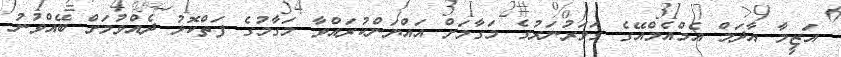
އަޒީމާ އާދަމް އެމްއެމްއޭގެ ގަވަރުނަރުގެ މަގާމަށް އައްޔަންކުރައްވާ މަގާމުގެ ފަތްކޮޅު ދެއްވުމަށް ބޭއްވުނު